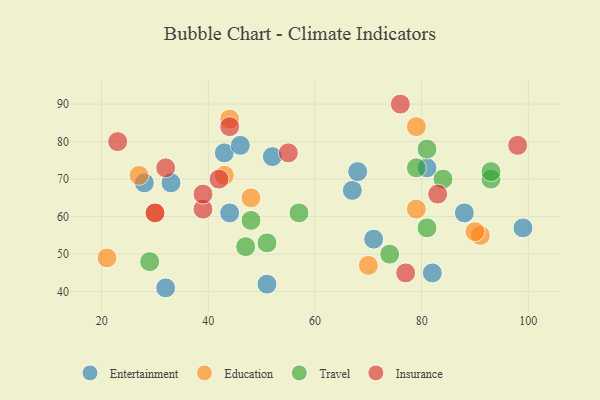
{"axis": {"x": "GDP", "y": "Life Expectancy"}, "legend": ["Education", "Entertainment", "Insurance", "Travel"], "data": [{"x": "99", "y": 57, "type": "Entertainment"}, {"x": "81", "y": 73, "type": "Entertainment"}, {"x": "43", "y": 77, "type": "Entertainment"}, {"x": "67", "y": 67, "type": "Entertainment"}, {"x": "32", "y": 41, "type": "Entertainment"}, {"x": "46", "y": 79, "type": "Entertainment"}, {"x": "68", "y": 72, "type": "Entertainment"}, {"x": "52", "y": 76, "type": "Entertainment"}, {"x": "88", "y": 61, "type": "Entertainment"}, {"x": "51", "y": 42, "type": "Entertainment"}, {"x": "82", "y": 45, "type": "Entertainment"}, {"x": "28", "y": 69, "type": "Entertainment"}, {"x": "71", "y": 54, "type": "Entertainment"}, {"x": "44", "y": 61, "type": "Entertainment"}, {"x": "33", "y": 69, "type": "Entertainment"}, {"x": "43", "y": 71, "type": "Education"}, {"x": "91", "y": 55, "type": "Education"}, {"x": "21", "y": 49, "type": "Education"}, {"x": "44", "y": 86, "type": "Education"}, {"x": "48", "y": 65, "type": "Education"}, {"x": "30", "y": 61, "type": "Education"}, {"x": "79", "y": 62, "type": "Education"}, {"x": "27", "y": 71, "type": "Education"}, {"x": "79", "y": 84, "type": "Education"}, {"x": "90", "y": 56, "type": "Education"}, {"x": "70", "y": 47, "type": "Education"}, {"x": "48", "y": 59, "type": "Travel"}, {"x": "93", "y": 70, "type": "Travel"}, {"x": "93", "y": 72, "type": "Travel"}, {"x": "84", "y": 70, "type": "Travel"}, {"x": "51", "y": 53, "type": "Travel"}, {"x": "81", "y": 57, "type": "Travel"}, {"x": "79", "y": 73, "type": "Travel"}, {"x": "29", "y": 48, "type": "Travel"}, {"x": "47", "y": 52, "type": "Travel"}, {"x": "57", "y": 61, "type": "Travel"}, {"x": "74", "y": 50, "type": "Travel"}, {"x": "81", "y": 78, "type": "Travel"}, {"x": "44", "y": 84, "type": "Insurance"}, {"x": "83", "y": 66, "type": "Insurance"}, {"x": "32", "y": 73, "type": "Insurance"}, {"x": "30", "y": 61, "type": "Insurance"}, {"x": "55", "y": 77, "type": "Insurance"}, {"x": "23", "y": 80, "type": "Insurance"}, {"x": "77", "y": 45, "type": "Insurance"}, {"x": "39", "y": 62, "type": "Insurance"}, {"x": "39", "y": 66, "type": "Insurance"}, {"x": "42", "y": 70, "type": "Insurance"}, {"x": "98", "y": 79, "type": "Insurance"}, {"x": "76", "y": 90, "type": "Insurance"}]}